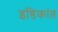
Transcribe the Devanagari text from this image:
इंडिकांत